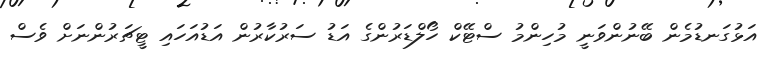
އަޅުގަނޑުމެން ބޭނުންވަނީ މުހިންމު ސްޓޭކް ހޯލްޑަރުންގެ އަޑު ސަރުކާރުން އަޑުއަހައި ޓީޗަރުންނަށް ވެސް